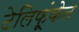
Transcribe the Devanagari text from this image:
टेलिफूंकेन